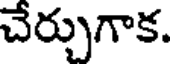
చేర్చుగాక.